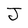
Character: J